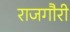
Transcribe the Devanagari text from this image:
राजगौरी